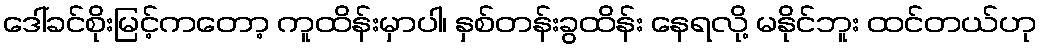
ဒေါ်ခင်စိုးမြင့်ကတော့ ကူထိန်းမှာပါ၊ နှစ်တန်းခွထိန်း နေရလို့ မနိုင်ဘူး ထင်တယ်ဟု